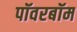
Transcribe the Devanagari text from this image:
पॉवरबॉम